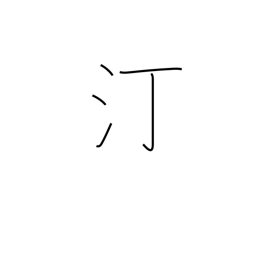
Meaning: water's edge